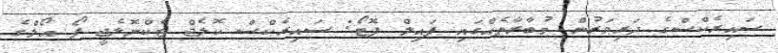
ސައިރެކްސްގެ ދަރިވަރުން މުބާރާތެއްގައި ފައިލް ފޮޓޯ: ސައިރެކްސް ކޮލެޖް ޓެކްނޮލެޖީ ފޯ އޯލްގެ